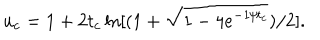
u _ { c } = 1 + 2 t _ { c } \ln [ ( 1 + \sqrt { 1 - 4 e ^ { - 1 / t _ { c } } } ) / 2 ] .